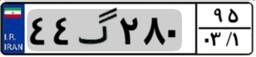
۶۸گ۵۰۳۶۱